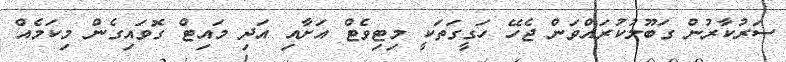
ސަރުކާރުން ގަބޫލުކުރައްވަން ޖެހޭ ހަގީގަތަކީ މިޓިވެޓް އަށާއި އަދި މައިޓް ގޮވައިގެން މިކަމެއް